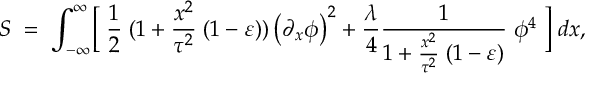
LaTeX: S \; = \; \int _ { - \infty } ^ { \infty } \Bigl [ \; { \frac { 1 } { 2 } } \; ( 1 + { \frac { x ^ { 2 } } { \tau ^ { 2 } } } \; ( 1 - \varepsilon ) ) \left( { \partial _ { x } \phi } \right) ^ { 2 } + { \frac { \lambda } { 4 } } { \frac { 1 } { 1 + { \frac { x ^ { 2 } } { \tau ^ { 2 } } } \; ( 1 - \varepsilon ) } } \; \phi ^ { 4 } \; \Bigr ] \; d x ,